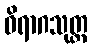
ဝိရာဂသုတ္တ